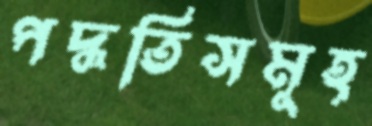
পদ্ধতিসমূহ